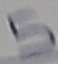
Text: 5